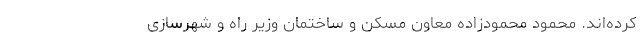
کرده‌اند. محمود محمودزاده معاون مسکن و ساختمان وزیر راه و شهرسازی